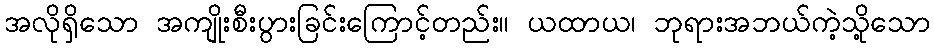
အလိုရှိသော အကျိုးစီးပွားခြင်းကြောင့်တည်း။ ယထာယ၊ ဘုရားအဘယ်ကဲ့သို့သော